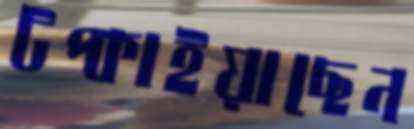
টপ্‌কাইয়াছেন